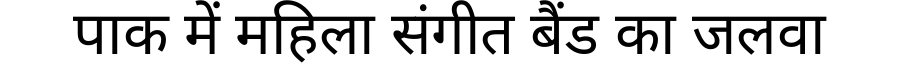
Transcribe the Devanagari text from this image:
पाक में महिला संगीत बैंड का जलवा